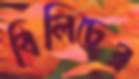
বিলিচের